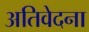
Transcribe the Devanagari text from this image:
अतिवेदना